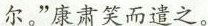
尔。”康肃笑而遣之。